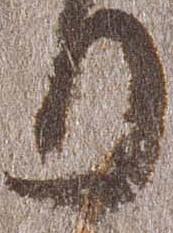
日